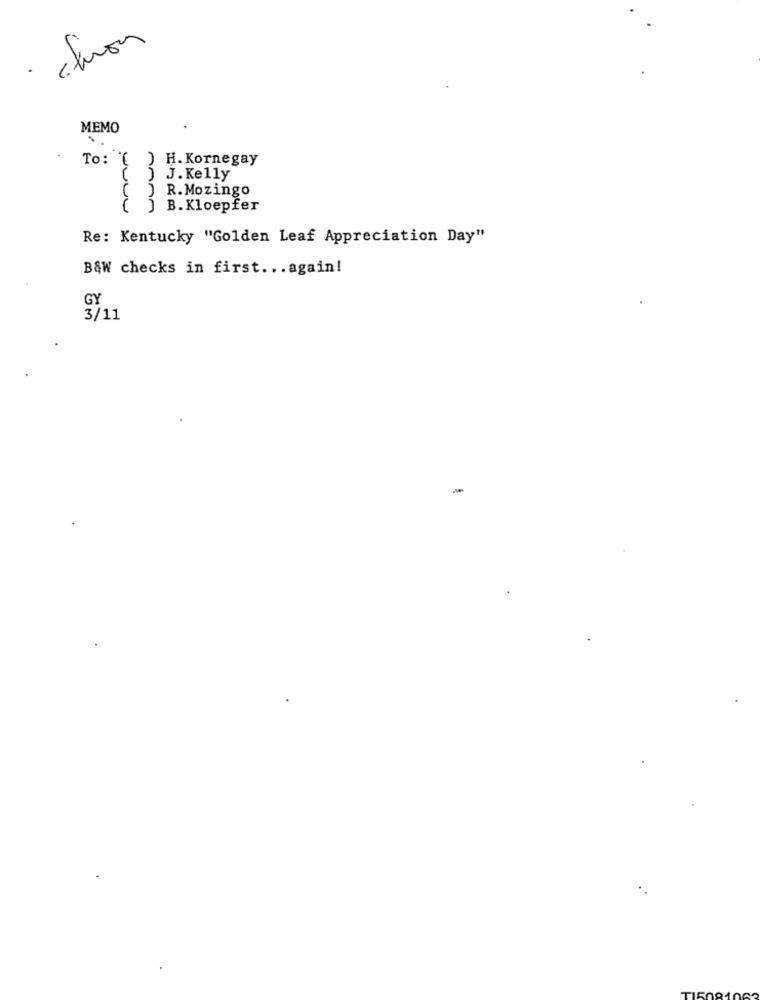
· chron
MEMO
To: ( ) H. Kornegay
J. Kelly
R. Mozingo
) B. Kloepfer
Re: Kentucky "Golden Leaf Appreciation Day"
B&W checks in first ... again!
GY
3/11
-